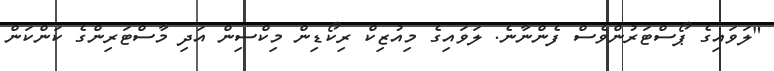
"ލަވައިގެ ޕޯސްޓަރުންވެސް ފެންނާނެ. ލަވައިގެ މިއުޒިކް ރިކޯޑިން މިކްސިން އަދި މާސްޓަރިންގެ ކަންކަން